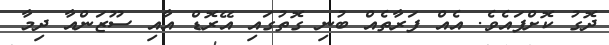
ދޮގު ކޮށްފައެވެ. އެއް ފަރާތެއް ބުނި ގޮތުގައި އޭރޮޑް އާއި ސޫޒަންއާ ދިމާ